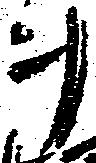
ヲ